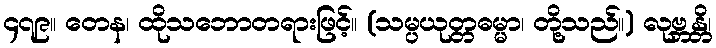
၄၇၉။ တေန၊ ထိုသဘောတရားဖြင့်။ (သမ္ပယုတ္တဓမ္မာ၊ တို့သည်။) လုဗ္ဘန္တိ၊